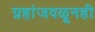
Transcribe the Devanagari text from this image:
ग्रहांजवळूनही